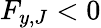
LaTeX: F_{y,J}<0